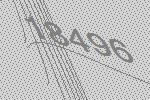
18496